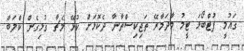
ގައުމީ ފުޓްބޯޅަ ޓީމު މާދަމާރޭ ތަޖިކިސްތާނާ ދެކޮޅަށް ކުޅޭ މެޗާ ގުޅިގެން ކްލަބް